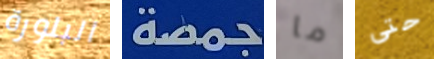
البلورة جمصة ما حتى